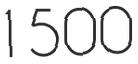
1500